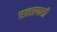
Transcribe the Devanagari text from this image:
एलएफडी